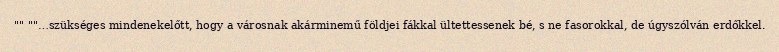
"" ""…szükséges mindenekelőtt, hogy a városnak akárminemű földjei fákkal ültettessenek bé, s ne fasorokkal, de úgyszólván erdőkkel.